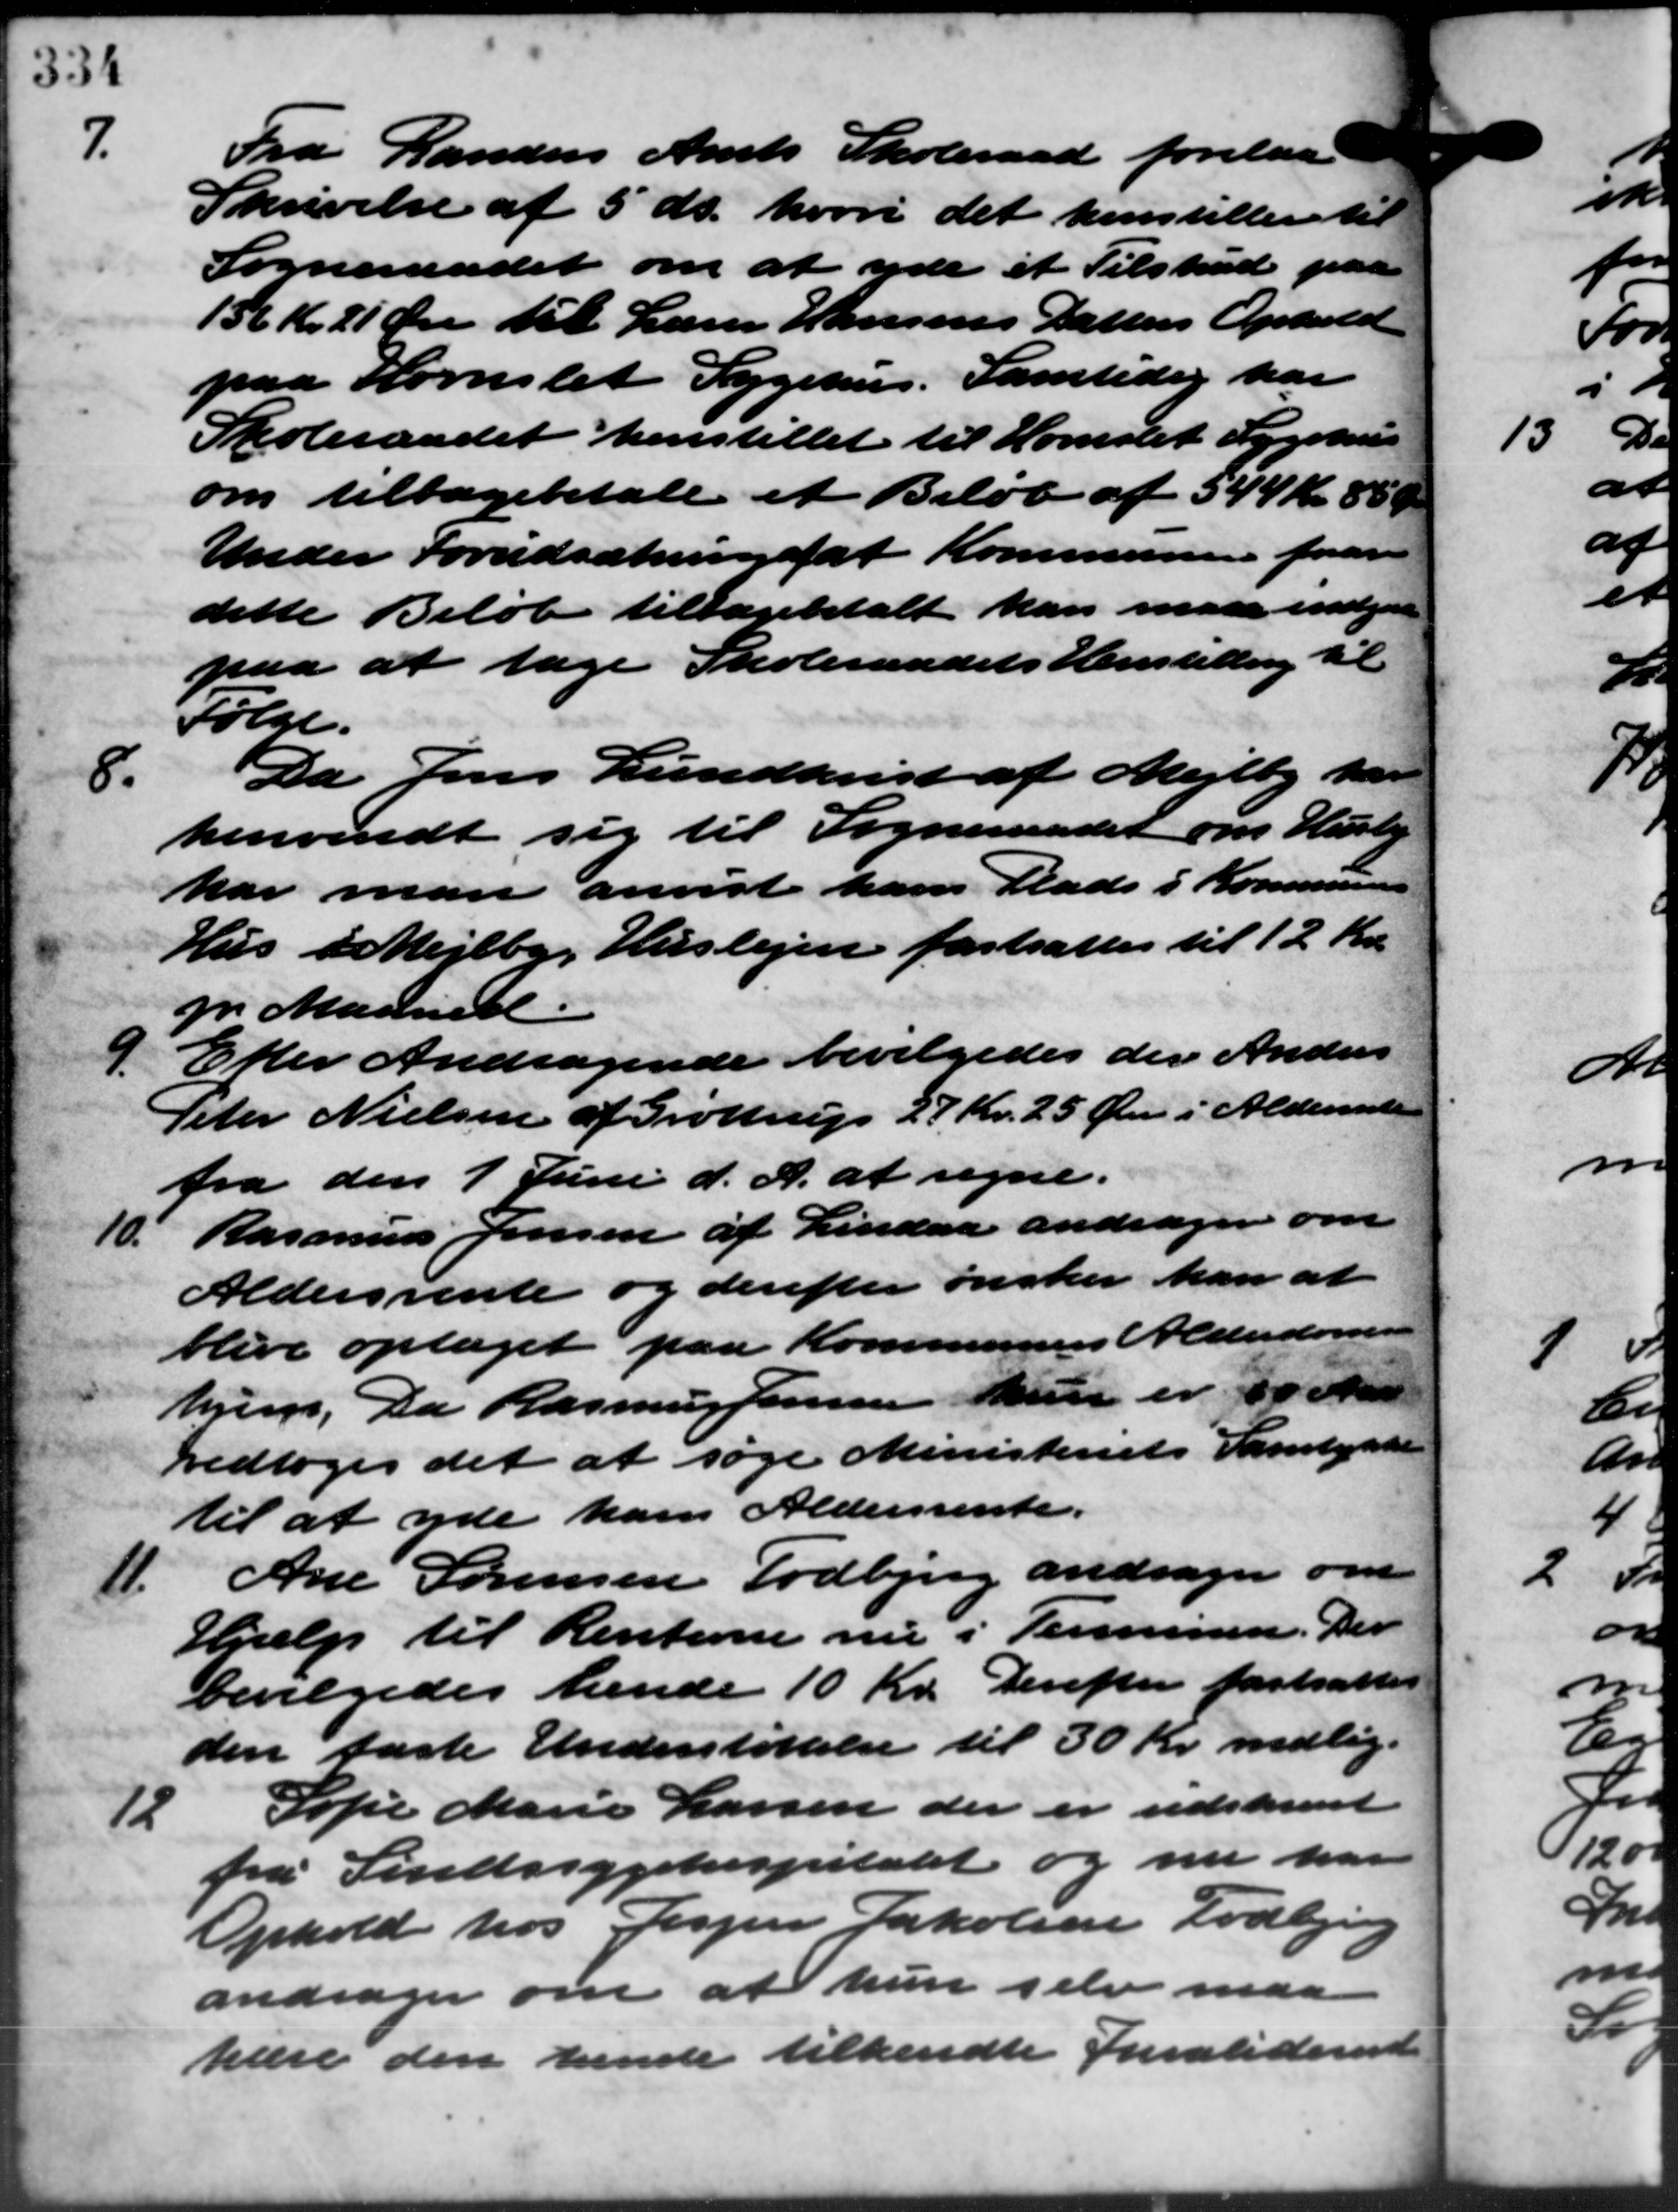
Transskription:
7.
Fra Randers Amts Skoleraad forelaa
Skrivelse af 5´ds. hvori det henstiller til
Sogneraadet om at yde et Tilskud paa
136 Kr. 21 Øre til Lærer Hansens Datters Ophold
paa Hornslet Sygehus. Samtidig har
Skoleraadet henstillet til Hornslet Sygehus
om tilbagebetale et Beløb af 544 Kr. 88 Ø
Under Forudsætningsfat Kommunen frar
dette Beløb tilbagebetalt kan man indgaae
paa at tage Skoleraadets Henstilling til
Følge.
8.
Da Jens Lundkrist af Mejlby har
henvendt sig til Sogneraadet om Huss
har man anvist ham Plads i Kommune
Hus i Mejlby Huslejen fastsattes til 12 Kr.
pr. Maaned.
9 Efter Andragende bevilgedes der Anders
9 Efter Andragende bevilgedes der Anders
Peter Nielsen af Grøttrup 27 Kr. 25 Øre i Aldersrette
fra den 1 Juni d. A. at regne.
Rasmuss Jensen af Lindaa andrager om
10.
Aldersrente og derefter ønsker han at
blive optaget paa Kommunens Alderdoms
hjem. Da Rasmus Jensen kun er 50 Aar
vedtoges det at søge Ministeriets Samtykke
til at yde ham Aldersrente.
11.
Ane Sørensen Todbjerg andrager om
Hjælp til Renterne nu i Termin. Der
bevilgedes hende 10 Kr. Derefter fastsattes
den faste Understøttelse til 30 Kr. medlig.
12.
Sofie Marie Larsen der er udskrevet
fra Sindssygehospitalet og nu han
Ophold hos Jesper Jakobsen Todbjerg
andrager om at hun selv maa
hæve den hende tilkendte Invaliderente